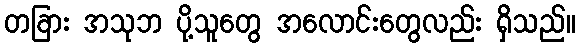
တခြား အသုဘ ပို့သူတွေ အလောင်းတွေလည်း ရှိသည်။